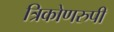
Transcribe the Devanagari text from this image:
त्रिकोणरुपी